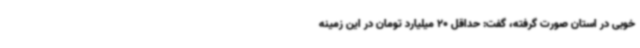
خوبی در استان صورت گرفته، گفت: حداقل 20 میلیارد تومان در این زمینه